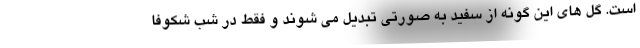
است. گل های این گونه از سفید به صورتی تبدیل می شوند و فقط در شب شکوفا